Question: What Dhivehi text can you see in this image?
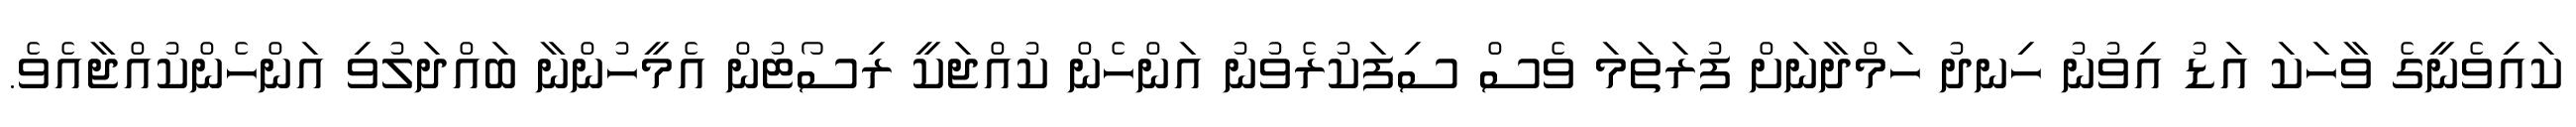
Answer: ކައިވެނީގެ ވާހަކަ އަޑު އިވުނު ހިނދު ހަމްދާނަށް ފުރަތަމަ ވެސް ސިފަކުރެވުނު އަންހެން ކުއްޖަކީ ރިސޯޓުން އެމީހުންނާ ބައްދަލުވި އަންހެންކުއްޖާއެވެ.